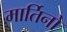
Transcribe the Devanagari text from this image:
मार्तिनो